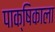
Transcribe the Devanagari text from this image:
पाक्षिकाला